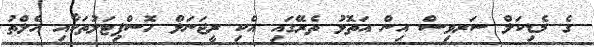
ގެ މެޑިކަލް ސަރވިސް އިން އަތޮޅު ތެރޭގައި އެކި ރީޖަނަލް ހޮސްޕިޓަލުތަކާއި ހެލްތު